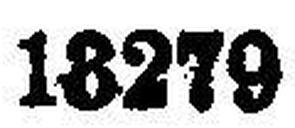
18279